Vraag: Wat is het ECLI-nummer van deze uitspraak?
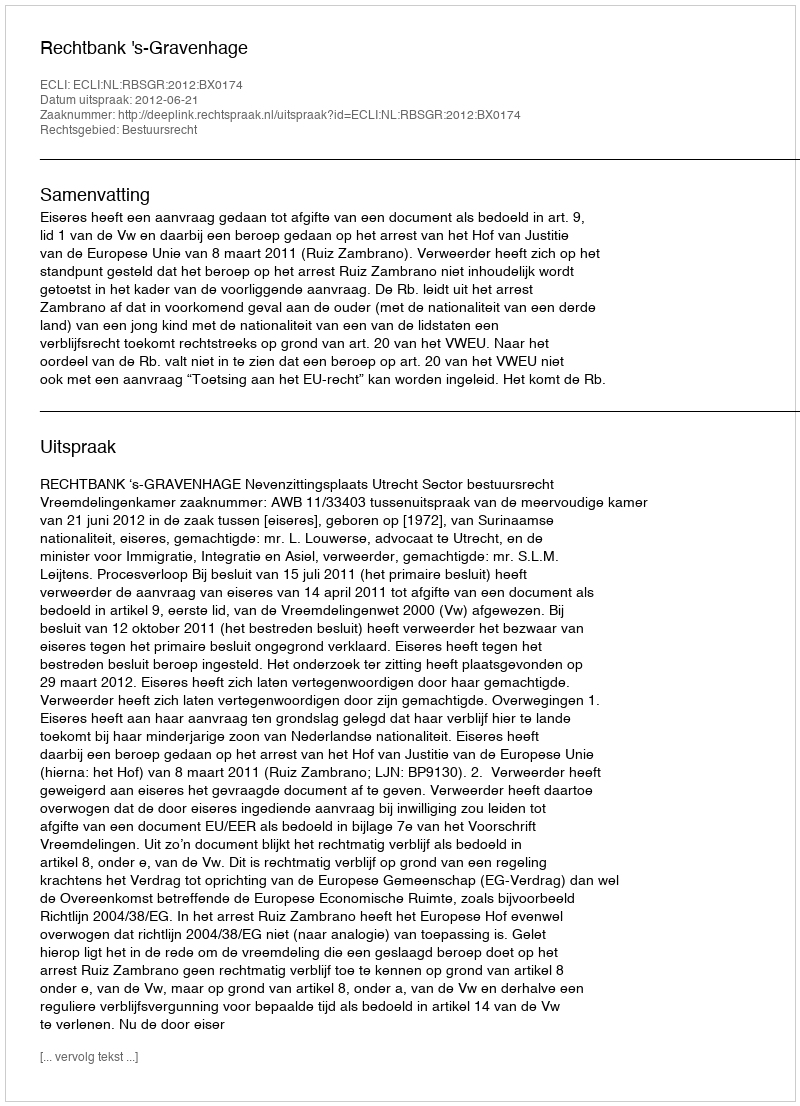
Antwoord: ECLI:NL:RBSGR:2012:BX0174